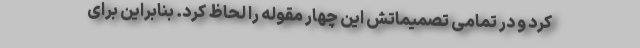
کرد و در تمامی تصمیماتش این چهار مقوله را لحاظ کرد. بنابراین برای